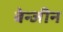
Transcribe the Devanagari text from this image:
बेन्जीन